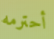
أحترمه